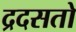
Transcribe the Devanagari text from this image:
द्रदसतो